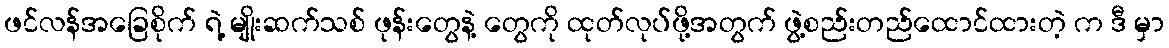
ဖင်လန်အခြေစိုက် ရဲ့ မျိုးဆက်သစ် ဖုန်းတွေနဲ့ တွေကို ထုတ်လုပ်ဖို့အတွက် ဖွဲ့စည်းတည်ထောင်ထားတဲ့ က ဒီ မှာ